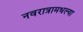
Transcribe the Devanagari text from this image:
नवरात्रामधल्या